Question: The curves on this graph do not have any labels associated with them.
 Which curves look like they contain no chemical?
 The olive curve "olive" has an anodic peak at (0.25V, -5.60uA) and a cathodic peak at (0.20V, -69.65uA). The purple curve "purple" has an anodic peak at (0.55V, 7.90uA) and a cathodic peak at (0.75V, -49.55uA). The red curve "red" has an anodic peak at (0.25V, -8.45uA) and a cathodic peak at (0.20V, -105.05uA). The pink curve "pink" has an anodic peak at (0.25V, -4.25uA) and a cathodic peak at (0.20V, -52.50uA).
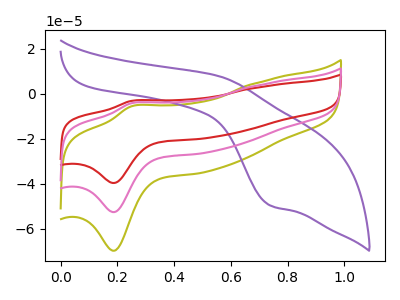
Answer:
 <answer>There are not any CV's on this graph that are likely to be blanks.</answer>
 <eval>none</eval>